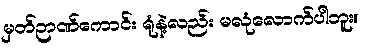
မှတ်ဉာဏ်ကောင်း ရုံနဲ့လည်း မလုံလောက်ပါဘူး။